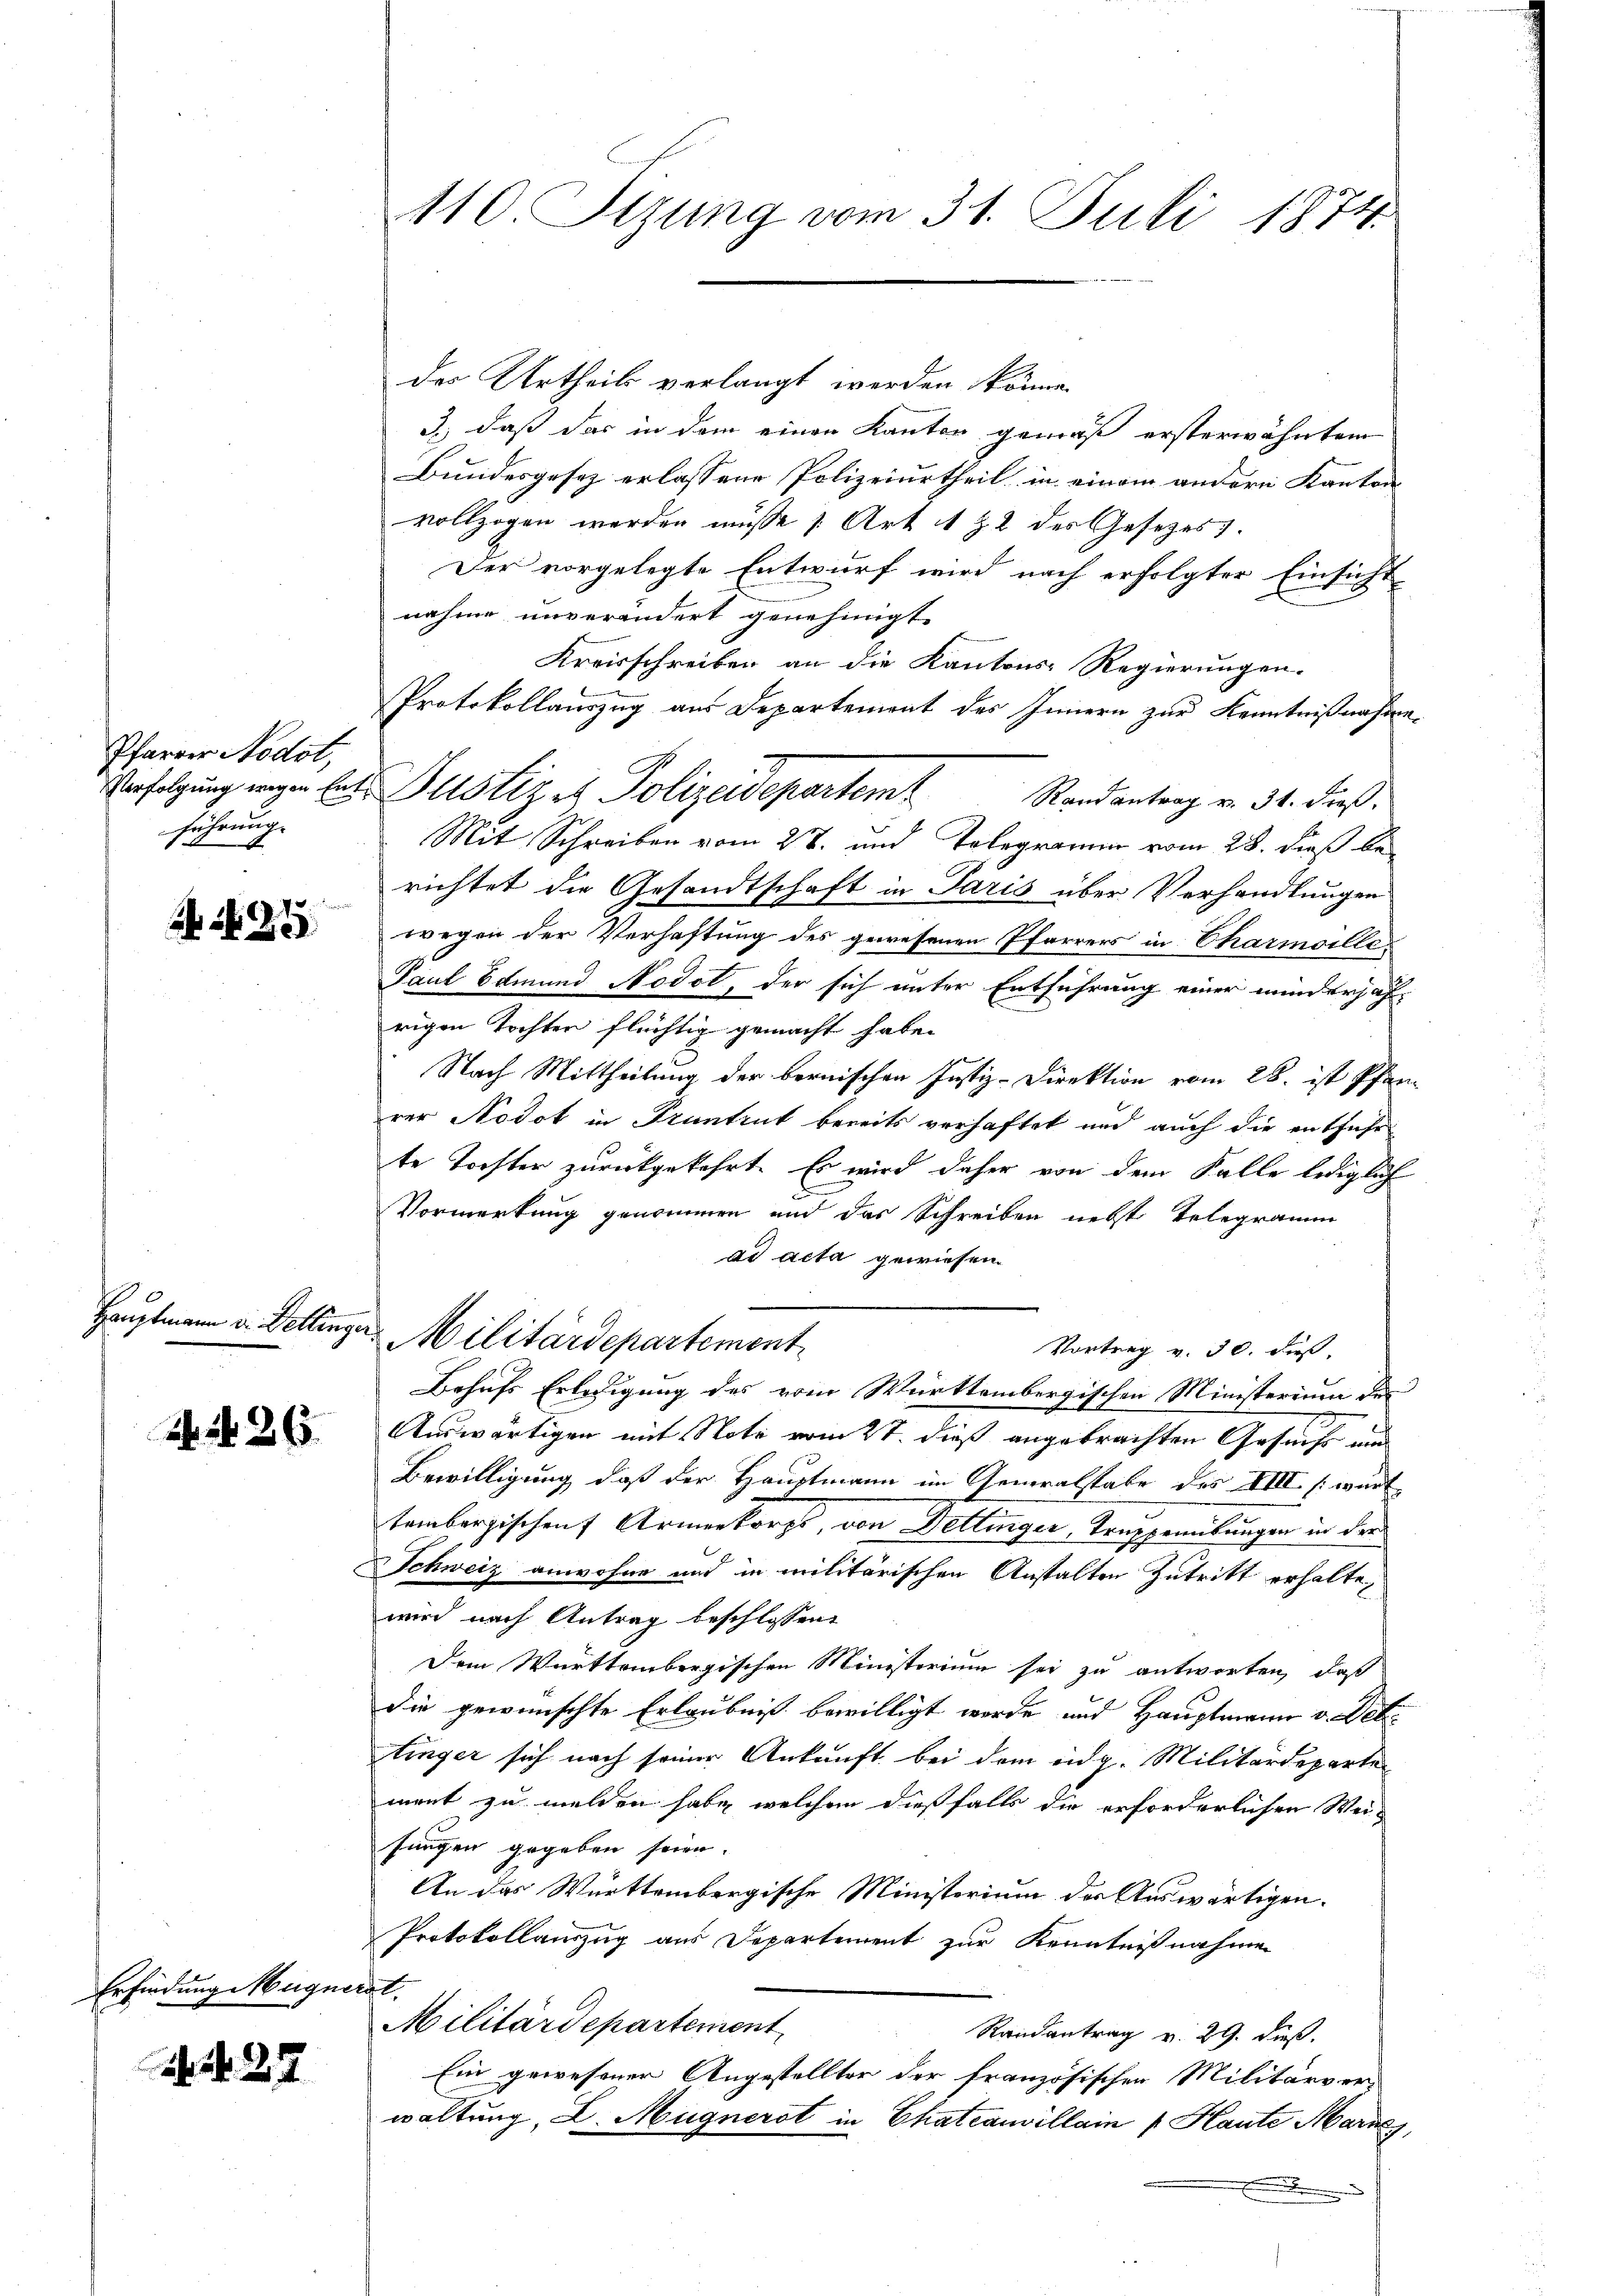
Pfarrer Nodot,
führung.

e
9.7.
a 220

Hauptmann in Dellinger

2 No 26.

Erfindung Magnerat.

N. 27

des Urtheils verlangt werden könne.
3., daß das in dem einen Kanton gemäß ersterwähnten
Bundesgesez erlassene Polizeiurtheil in einem andern Kanton
vollzogen werden müsse [Art. 1 & 2 des Gesetzes).
Der vorgelegte Entwurf wird nach erfolgter Einsicht
nahme unverändert genehmigt.
Kreisschreiben an die Kantons Regierungen.
Protokollauszug aus Departement des Innern zur Kenntnißnahme¬
Verfolgung wegen betr. Justiz et Polizeidepartemt
Randantrag v. 31. dieß.
Mit Schreiben vom 2t. und Telegramm vom 28. dieß berichtet die Gesandtsc
haft in Paris über Verhandlungen
wegen der Verhaftung des gewesenen Pfarrers in Charmoille¬
Paul Edmund Nodot, der sich unter Entführung einer minderhafrigen Tochten flüchtig gemacht habe.
Nach Mittheilung der bernischen Justiz-Direktion vom 28. ist Pfarrer Nodot in Pruntrut bereits verhaftet und auch die entfahrte Tochter zurückgekehrt. Es wird daher von dem Falle lediglich
Vormerkung genommen und das Schreiben nebst Telegramm
ad acta gewiesen.
Militärdepartement
Vortrag v. 30. dieß,
Behufs Erledigung des vom Württembergischen Ministerium des
Auswärtigen mit Note vom 27. dieß angebrachten Gesuchs nu
Bewilligung, daß der Hauptmann im Generalstabe des XIII [württembergischen Armenkorps, von Detlinger, Trupperibungen in der
Schweiz anwohne und in militärischen Anstalten Zutritt erhalte,
wird nach Antrag beschlossen:
Dem Württembergischen Ministerium sei zu antworten, daß
die gewünschte Erlaubniß bewilligt werde und Hauptmann v. Det
tinger sich nach seiner Ankunft bei dem eidg. Militärdeparten
ment zu melden habe, welchem dießfalls die erforderlichen Wei-
sungen gegeben seien.
An das Württembergische Ministerium der Auswärtigen.
Protokollauszug aus Departement zur Kenntnißnahmen
Militärdepartement
Randantrag v. 29. dieß.
Ein gewesener Angestellter der französischen Militärver-
waltung, D. Mugnerst in Chateauvillain Haute Marny,

110. Stzung vom 31. Juli 1874.